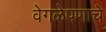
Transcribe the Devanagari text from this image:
वेगळेपणाचे